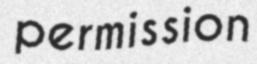
permission